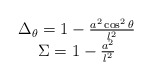
\begin{align*}\begin{array}{c}\Delta _{\theta }=1-\frac{a^{2}\cos ^{2}\theta }{l^{2}} \\ \Sigma =1-\frac{a^{2}}{l^{2}}\end{array}\end{align*}